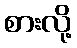
စားလို့